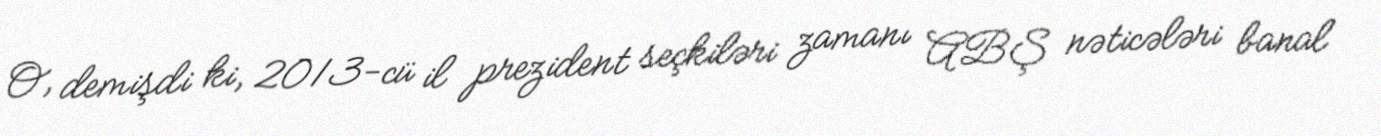
O, demişdi ki, 2013-cü il prezident seçkiləri zamanı ABŞ nəticələri banal